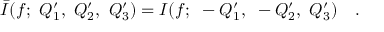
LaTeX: \bar { I } ( f ; ~ Q _ { 1 } ^ { \prime } , ~ Q _ { 2 } ^ { \prime } , ~ Q _ { 3 } ^ { \prime } ) = I ( f ; ~ - Q _ { 1 } ^ { \prime } , ~ - Q _ { 2 } ^ { \prime } , ~ Q _ { 3 } ^ { \prime } ) ~ ~ ~ .